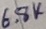
Text: 6.8K